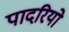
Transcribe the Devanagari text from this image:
पादरियो